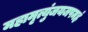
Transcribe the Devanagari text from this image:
महामृत्युंजयजपमहं